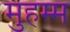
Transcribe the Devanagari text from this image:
मुहम्म